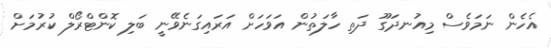
އެހެން ނަމަވެސް މިއުނދަގޫ ދަތި ހާލަތުން އަވަހަށް އަރައިގަނެވޭނީ ބަލި ކޮންޓްރޯލް ކުރުމަށް